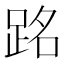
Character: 𫏉